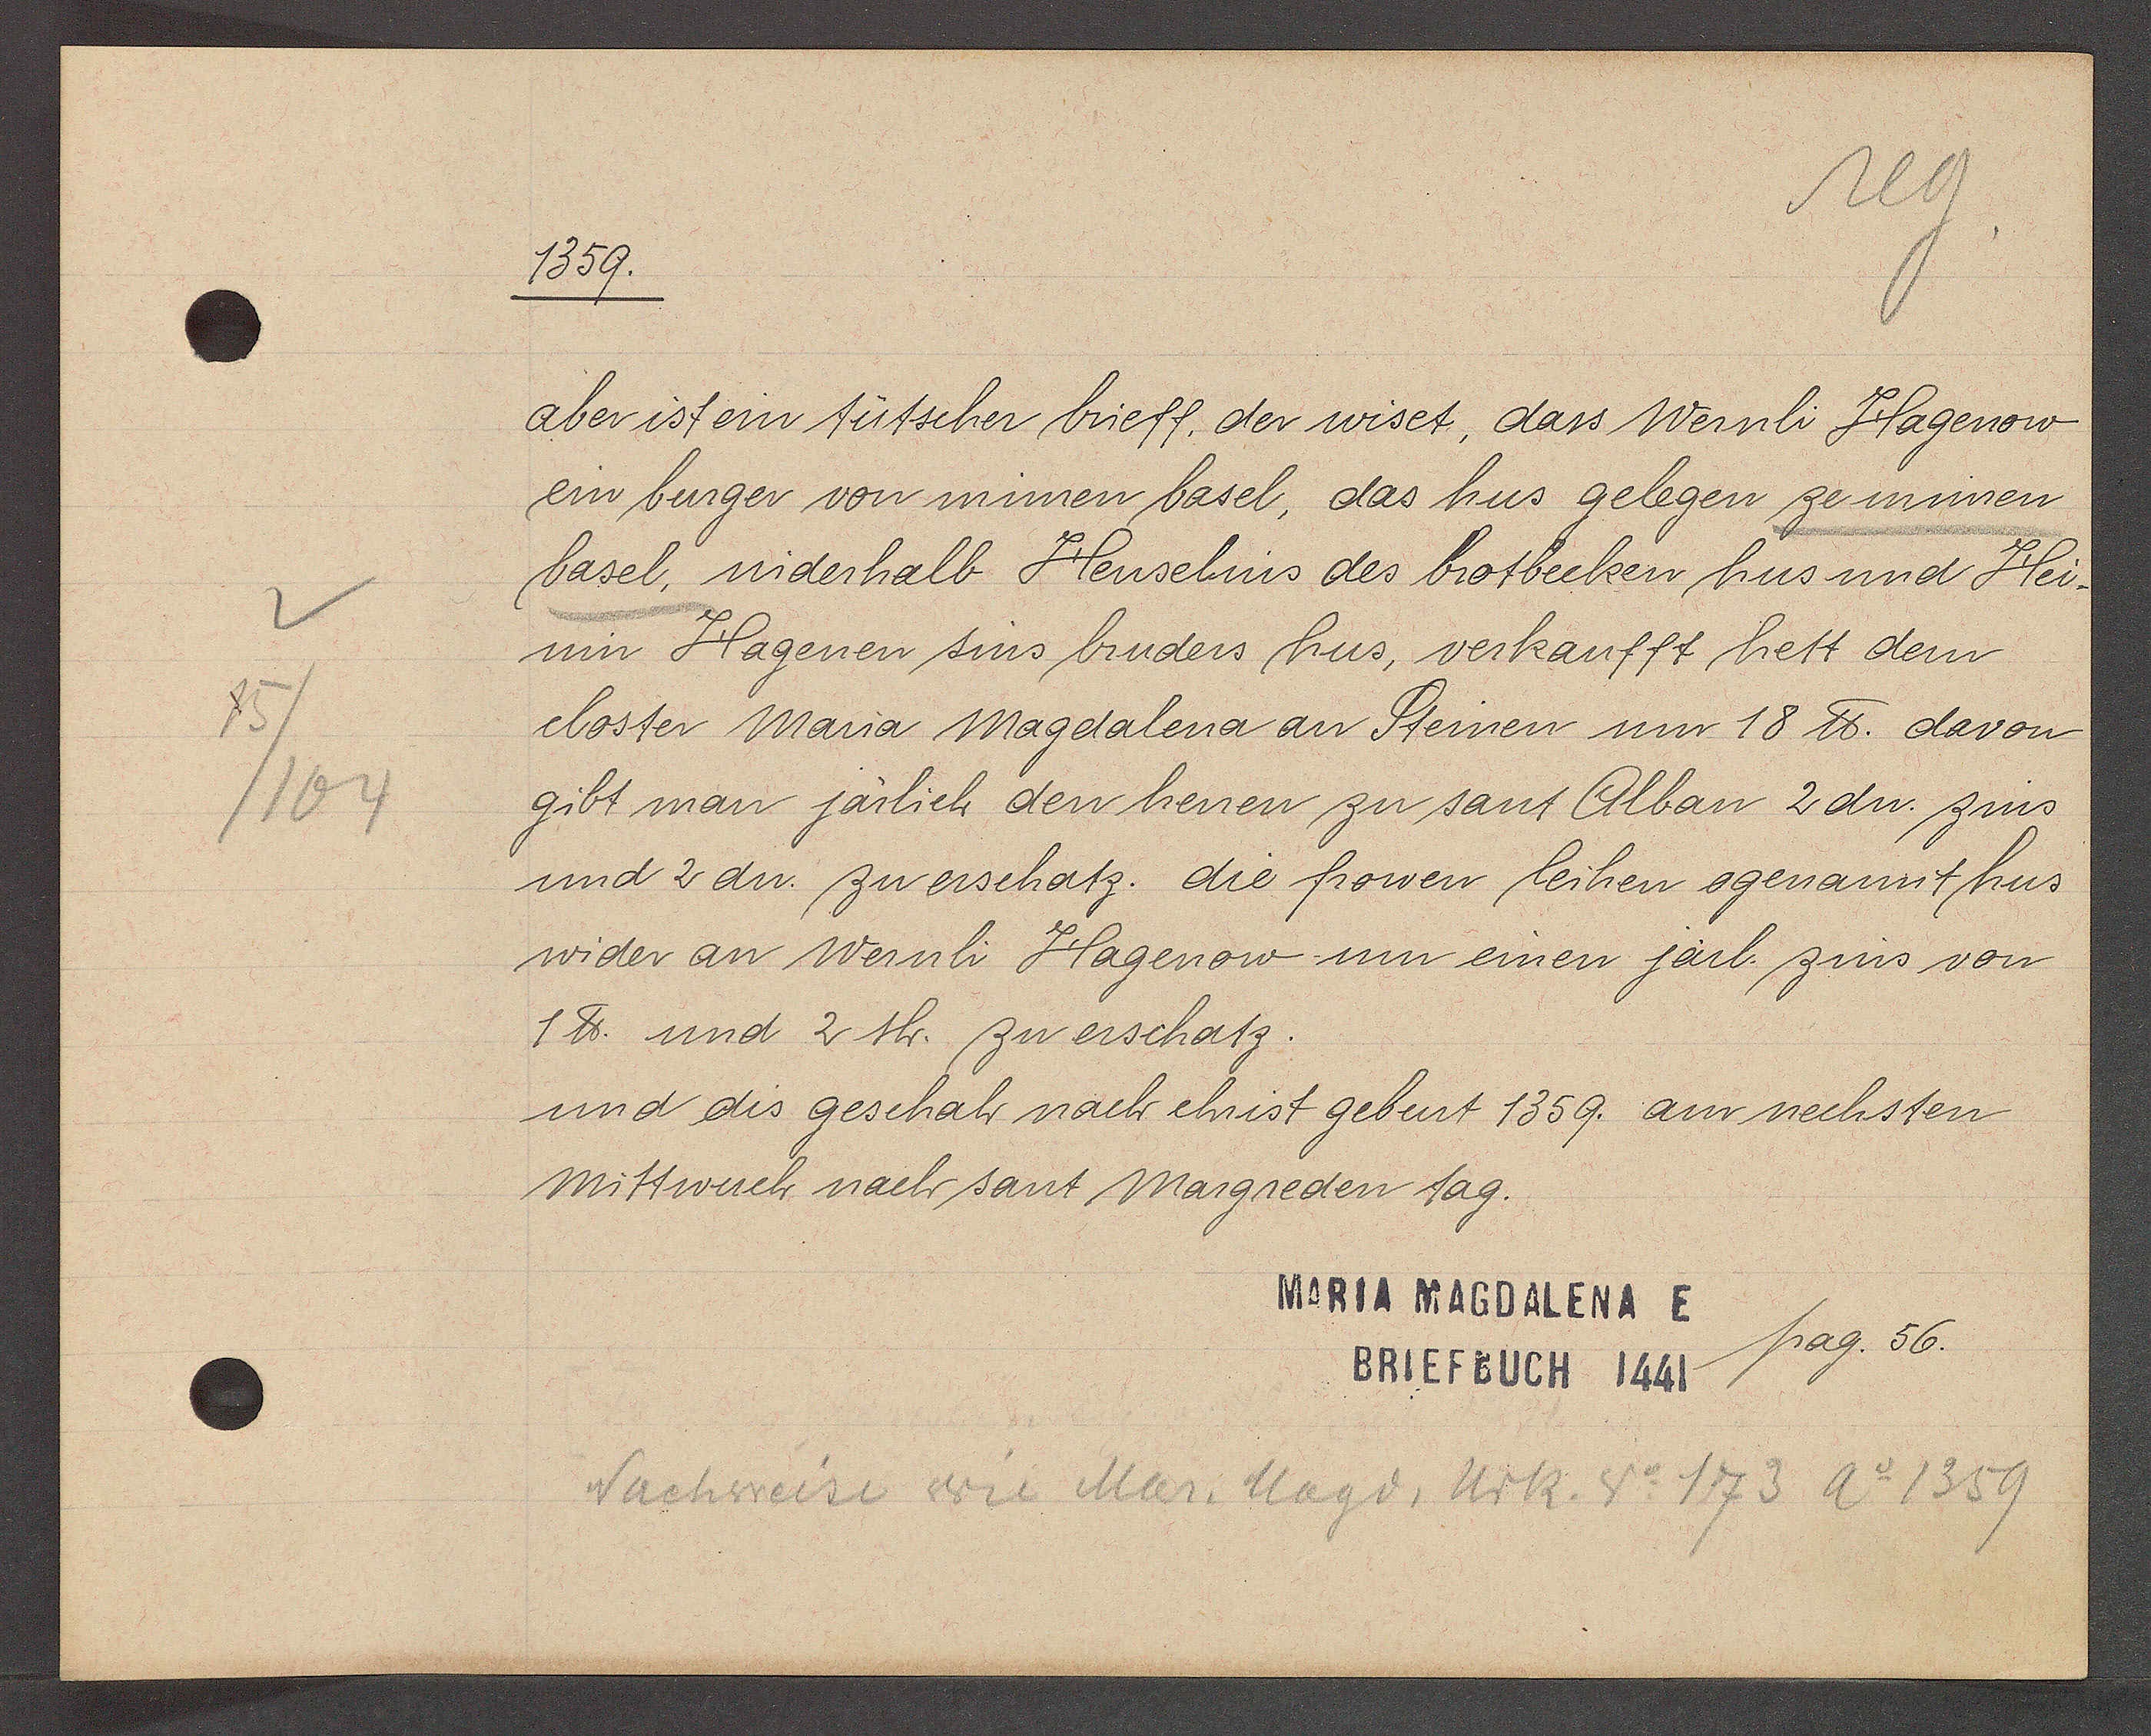
Transcript:
15
/104

1359.

aber ist ein tütscher brieff, der wiset, dass Wernli Hagenow
en burger von minren basel, das hus gelegen ze minren
basel, niderhalb Henselnis des brotbecken hus und Hei¬
nin Hagenen sins bruders hus, verkaufft hett dem
closter Maria Magdalena an Steinen um 18 ℔ davon
gibt man järlich den henen zu sant Alban 2 dn. zins
und 2 dn zu erschatz. die frowen leihen ogenannt hus
wider an Wernli Hagenow um einen järl. zins von
1 ℔. und 2 sh. zu erschatz.
und dis geschah nach christ geburt 1359. am nechsten
Mittwuch nach sant Margreden tag.

MARIA MAGDALENA E
pag. 56.
BRIEFBUCH 1441

Nachweise Wie Mar. Magd, Urk. No. 173 Ao 1359